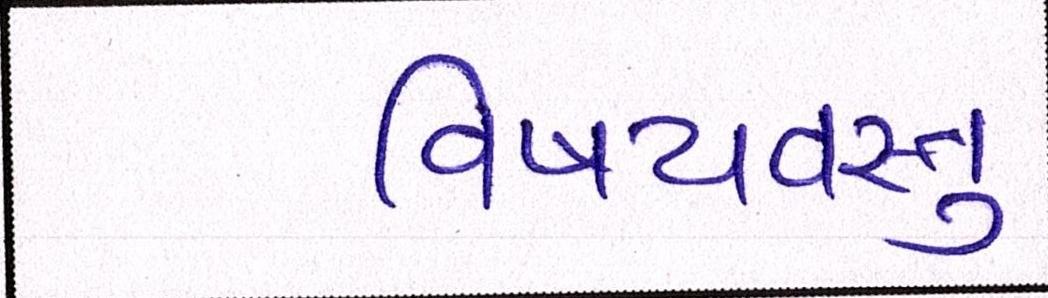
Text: વિષયવસ્તુ